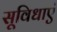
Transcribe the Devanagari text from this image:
सूविधाएं